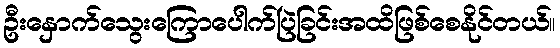
ဦးနှောက်သွေးကြောပေါက်ပြဲခြင်းအထိဖြစ်စေနိုင်တယ်။